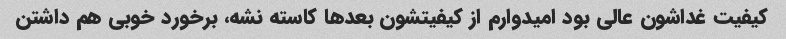
کیفیت غداشون عالی بود امیدوارم از کیفیتشون بعدها کاسته نشه، برخورد خوبی هم داشتن